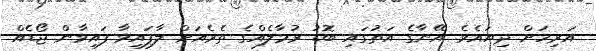
އަރިހަށް ދިޔައެވެ. އޭނާގެ އަތުގައި ބޮޑު ރުމާލެއްގެ ތެރެއަށް ލާފައިވާ ފައިވާން ޖޯޑެއް